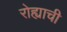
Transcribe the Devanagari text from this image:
रोह्याची